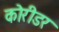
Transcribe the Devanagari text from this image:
कोरीडर